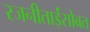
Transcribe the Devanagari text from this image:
रजनीताईंसोबत